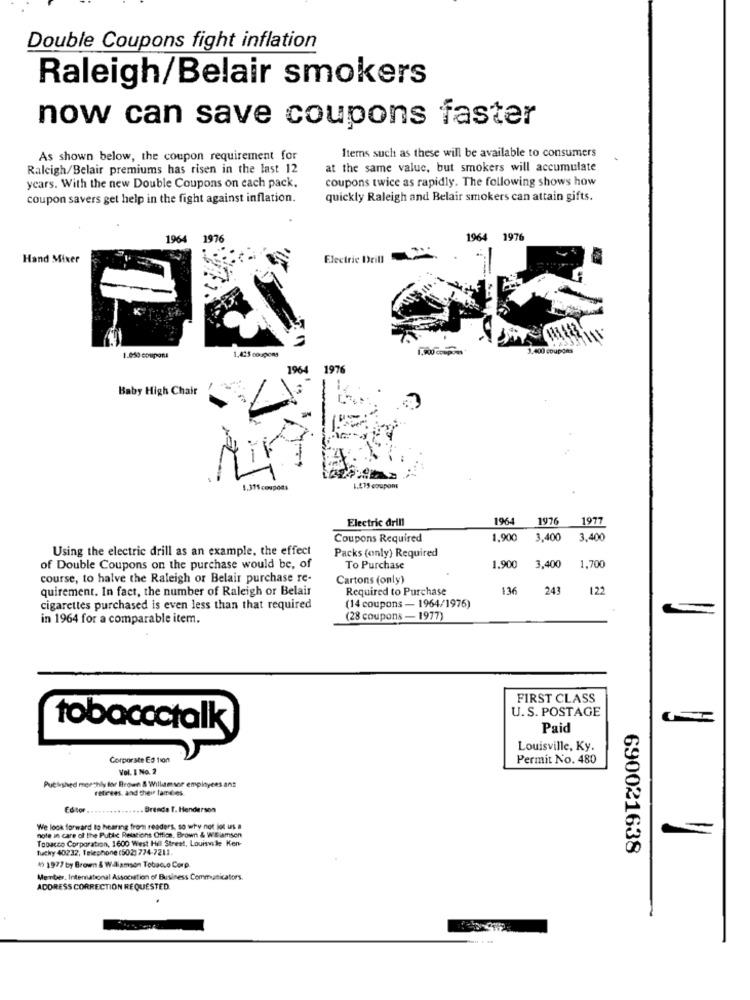
Double Coupons fight inflation
Raleigh/Belair smokers
now can save coupons faster
Items such as these will be available to consumers
As shown below, the coupon requirement for
Raleigh/Belair premiums has risen in the last 12
at the same value, but smokers will accumulate
coupons twice as rapidly. The following shows how
years. With the new Double Coupons on each pack.
coupon savers get help in the fight against inflation.
quickly Raleigh and Belair smokers can attain gifts.
1964
1976
1964 1976
Hand Mixer
Electric Drill
1,425 coupons
1.500 coupons
1.400 coupons
1.650 coupons
1964
1976
Baby High Chair
1.31Scopodi
1.475 coupons
Electric drill
196-
1976
1977
Coupons Required
1,900
3.400
3.400
Using the electric drill as an example, the effect
Packs (only) Required
1.900
of Double Coupons on the purchase would be, of
To Purchase
3,400
1,700
course, to halve the Raleigh or Belair purchase re-
Cartons (only)
quirement. In fact, the number of Raleigh or Belair
Required to Purchase
136
243
122
cigarettes purchased is even less than that required
(14 coupons - 1964/1976)
in 1964 for a comparable item.
(28 coupons - 1977)
FIRST CLASS
U. S. POSTAGE
tobaccctalk
Paid
Louisville, Ky.
Corporate Ed tion
Permit No. 480
Vol. 1 No. 2
Puchished monthly for Brown & Willumsor empinyees ans
retirees, and their families
Editor
. Brenda T. Henderson
note in care of the Public Relations Office. Brown & Williamsen
We look forward to hearing from readers, so why not jot us a
Tobacco Corporation, 1600 West Hill Street, Louisvile Ken-
tucky 40232, Telephone (502) 774-7211.
690021638
4) 1977 by Brown & Wiliamson Tobacco Corp.
Member, International Association of Business Communicators.
ADDRESS CORRECTION REQUESTED